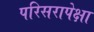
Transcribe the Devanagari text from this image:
परिसरापेक्षा